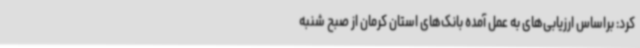
کرد: براساس ارزیابی‌های به عمل آمده بانک‌های استان کرمان از صبح شنبه